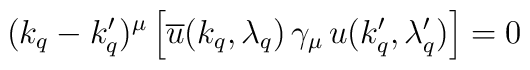
(k_q - k_q^\prime)^\mu\left[         \overline u (k_q,\lambda_q) \,\gamma_\mu\,        u(k_q^\prime,\lambda_q^\prime)\right] = 0\